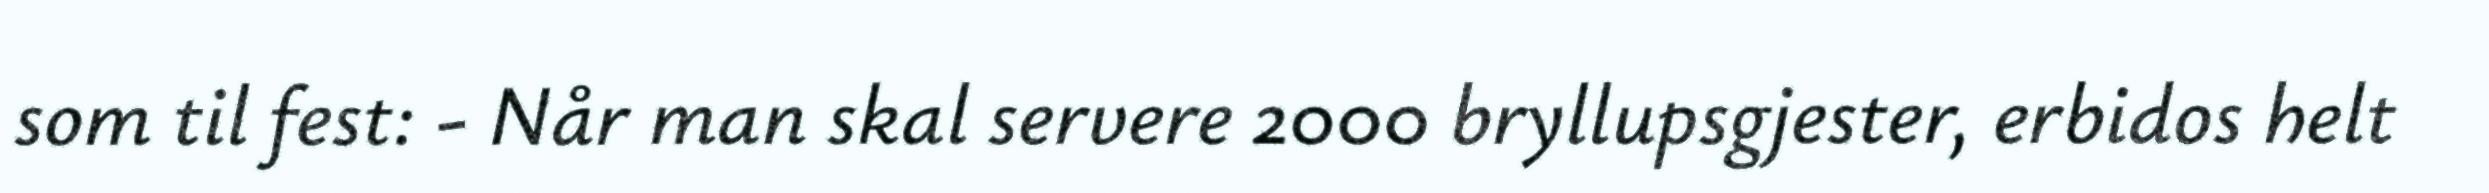
som til fest: - Når man skal servere 2000 bryllupsgjester, erbidos helt